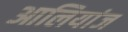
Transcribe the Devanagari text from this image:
आलियांज